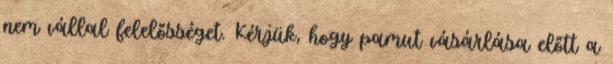
nem vállal felelősséget. Kérjük, hogy pamut vásárlása előtt a